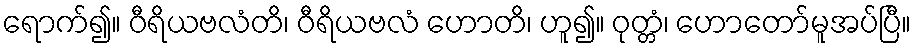
ရောက်၍။ ဝီရိယဗလံတိ၊ ဝီရိယဗလံ ဟောတိ၊ ဟူ၍။ ဝုတ္တံ၊ ဟောတော်မူအပ်ပြီ။